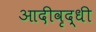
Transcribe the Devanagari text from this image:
आदीवृद्धी